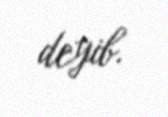
deyib.